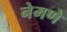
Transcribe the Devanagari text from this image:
नेमणे